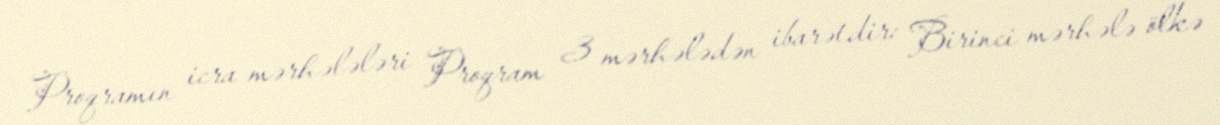
Proqramın icra mərhələləri Proqram 3 mərhələdən ibarətdir: Birinci mərhələ ölkə